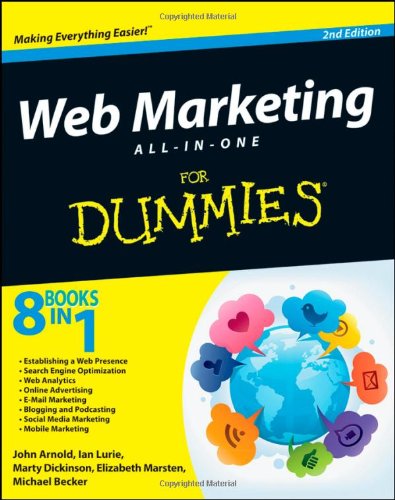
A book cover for Web Marketing All-in-One For Dummies; Arnold; Computers & Technology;